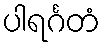
ပါရင်္ဂတံ